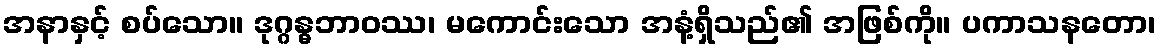
အနာနှင့် စပ်သော။ ဒုဂ္ဂန္ဓဘာဝဿ၊ မကောင်းသော အနံ့ရှိသည်၏ အဖြစ်ကို။ ပကာသနတော၊